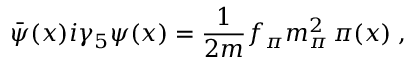
\bar { \psi } ( x ) i \gamma _ { 5 } \psi ( x ) = \frac { 1 } { 2 m } f _ { \pi } m _ { \pi } ^ { 2 } \, \pi ( x ) \; ,